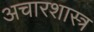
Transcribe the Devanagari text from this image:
अचारशास्त्र